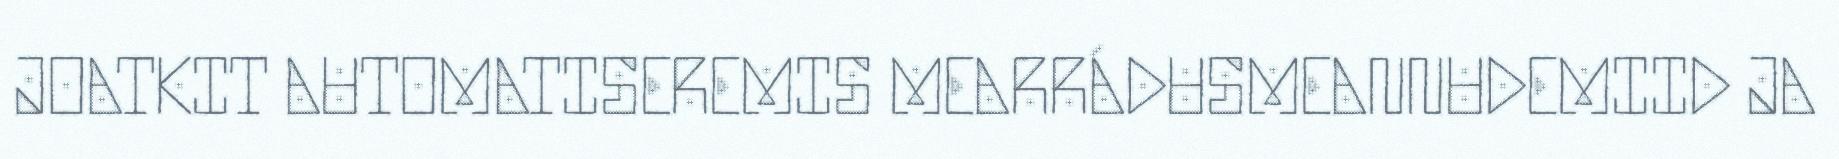
JOATKIT AUTOMATISEREMIS MEARRÁDUSMEANNUDEMIID JA